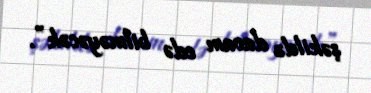
şəkildə davam edə bilməyəcək”.